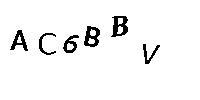
AC6BBV